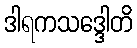
ဒါရကသဒ္ဒေါတိ